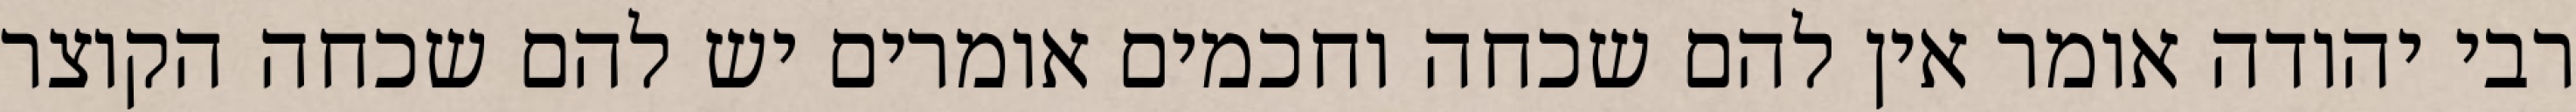
רבי יהודה אומר אין להם שכחה וחכמים אומרים יש להם שכחה הקוצר